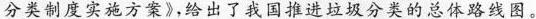
分类制度实施方案》，给出了我国推进垃圾分类的总体路线图